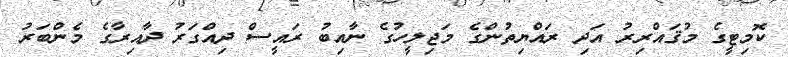
ކޮމިޓީގެ މުޤައްރިރު އަދި ރައްޔިތުންގެ މަޖިލީހުގެ ނާއިބު ރައީސް ދިއްގަރު ދާއިރާގެ މެންބަރު